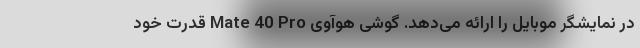
در نمایشگر موبایل را ارائه می‌دهد. گوشی هوآوی Mate 40 Pro قدرت خود